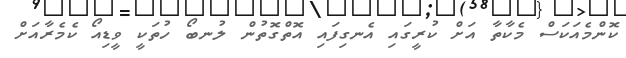
ކޮންމެއަކަސް މެކާތާ އަށް ކުރީގައި އެނގިފައި އޮތްގޮތުން ލުނބޯ ހުތަކީ ވީޑިއޯ ކެމެރާއަށް